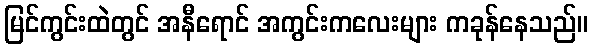
မြင်ကွင်းထဲတွင် အနီရောင် အကွင်းကလေးများ ကခုန်နေသည်။